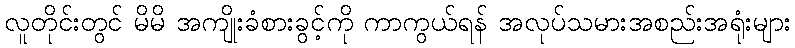
လူတိုင်းတွင် မိမိ အကျိုးခံစားခွင့်ကို ကာကွယ်ရန် အလုပ်သမားအစည်းအရုံးများ